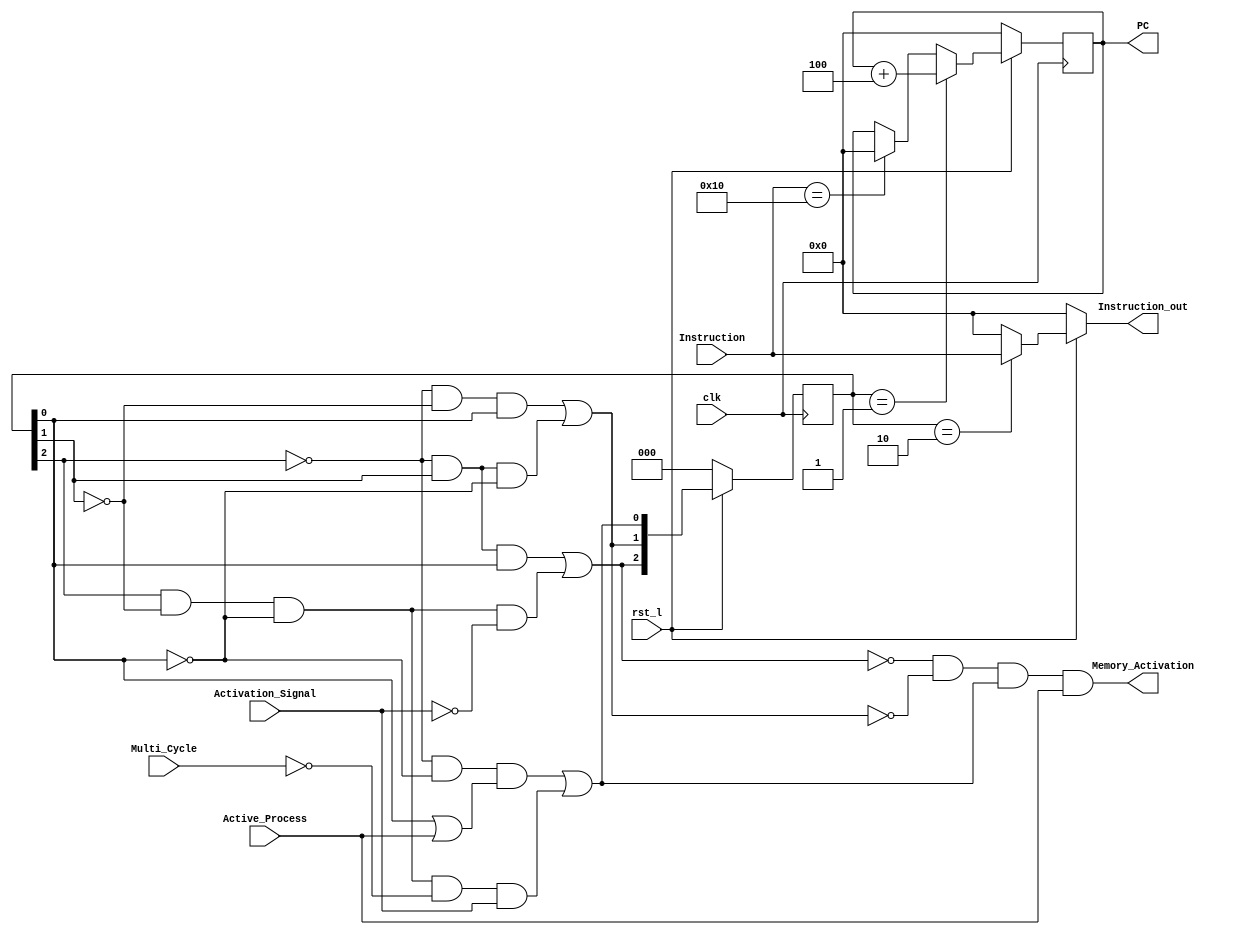
module FPU_FSM(clk,rst_l,Active_Process,Activation_Signal,Memory_Activation,PC,Instruction,Instruction_out,Multi_Cycle);
  input clk,rst_l,Activation_Signal,Active_Process,Multi_Cycle;
  input [31:0]Instruction;
  output Memory_Activation;
  output reg[31:0]PC;
  output [31:0]Instruction_out;

  reg [2:0]State;
  wire [2:0]Next_State;
  wire [4:0]Input_Opcode;
  wire Exception;

  assign Memory_Activation = (((~Next_State[2]) & (~Next_State[1]) & (Next_State[0])) & (Active_Process));
  assign Next_State[0] = ((((~State[2]) & (~State[0])) & (State[0] | Active_Process)) | ((State[2]) & (~State[1]) & (~State[0]) & (~Multi_Cycle) & (Activation_Signal)));
  assign Next_State[1] = (((~State[2]) & (~State[1]) & (State[0])) | ((~State[2]) & (State[1]) & (~State[0])));
  assign Next_State[2] = (((~State[2]) & (State[1]) & (State[0])) | ((State[2]) & (~State[1]) & (~State[0]) & (~Activation_Signal)));
  assign Instruction_out = (~rst_l) ? 32'h00000000 : (State == 3'b010) ? Instruction : 32'h00000000;
  always @(posedge clk)
    PC <= (~rst_l) ? 32'h00000000 : ((State == 3'b001) ? (PC[31:0] + 4'h4) : (Instruction == 32'h00000010) ? 32'h00000000 : PC);

  //sequential State register block
  always @(posedge clk)
    State <= (~rst_l) ? 3'b000 : Next_State;

endmodule